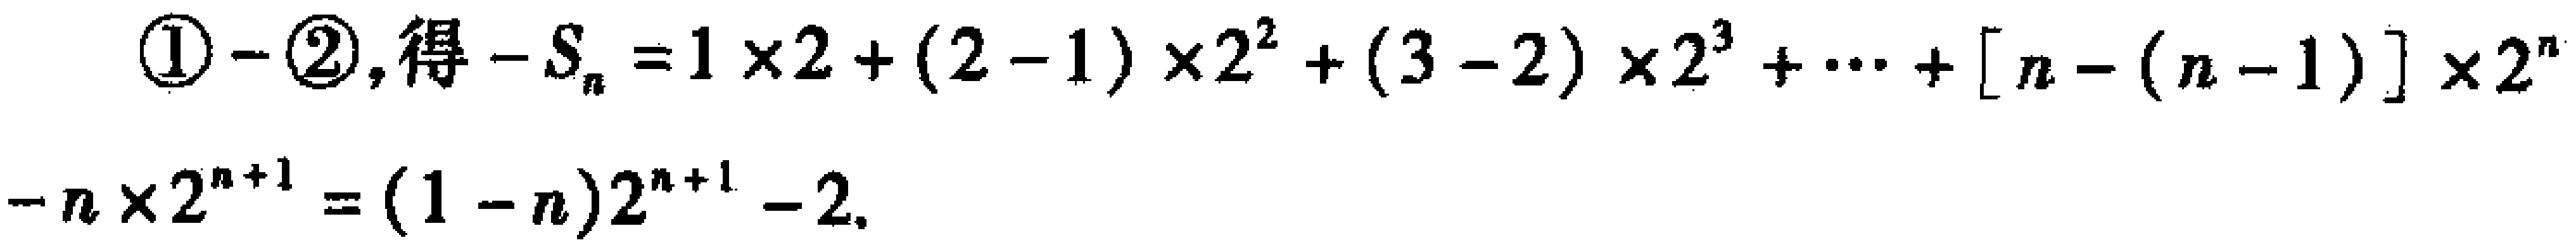
\textcircled{1}$-$\textcircled{2}, 得\(-S_{n}=1\times 2+(2 - 1)\times 2^{2}+(3 - 2)\times 2^{3}+\cdots+[n-(n - 1)]\times 2^{n}-n\times 2^{n + 1}=(1 - n)2^{n + 1}-2\)